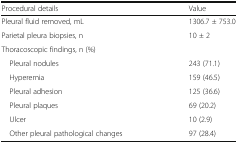
<table><thead><tr><td><b>Procedural details</b></td><td><b>Value</b></td></tr></thead><tbody><tr><td>Pleural fluid removed, mL</td><td>1306.7 ± 753.0</td></tr><tr><td>Parietal pleura biopsies, n</td><td>10 ± 2</td></tr><tr><td colspan="2">Thoracoscopic findings, n (%)</td></tr><tr><td> Pleural nodules</td><td>243 (71.1)</td></tr><tr><td> Hyperemia</td><td>159 (46.5)</td></tr><tr><td> Pleural adhesion</td><td>125 (36.6)</td></tr><tr><td> Pleural plaques</td><td>69 (20.2)</td></tr><tr><td> Ulcer</td><td>10 (2.9)</td></tr><tr><td> Other pleural pathological changes</td><td>97 (28.4)</td></tr></tbody></table>